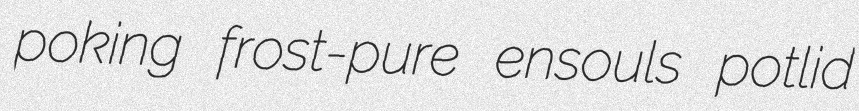
poking frost-pure ensouls potlid